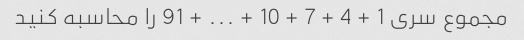
مجموع سری 1 + 4 + 7 + 10 + ... + 91 را محاسبه کنید